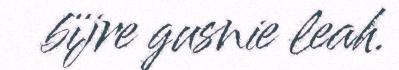
bïjre gusnie leah.